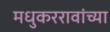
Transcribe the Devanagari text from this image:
मधुकररावांच्या